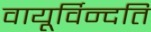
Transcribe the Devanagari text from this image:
वायूर्विन्दति